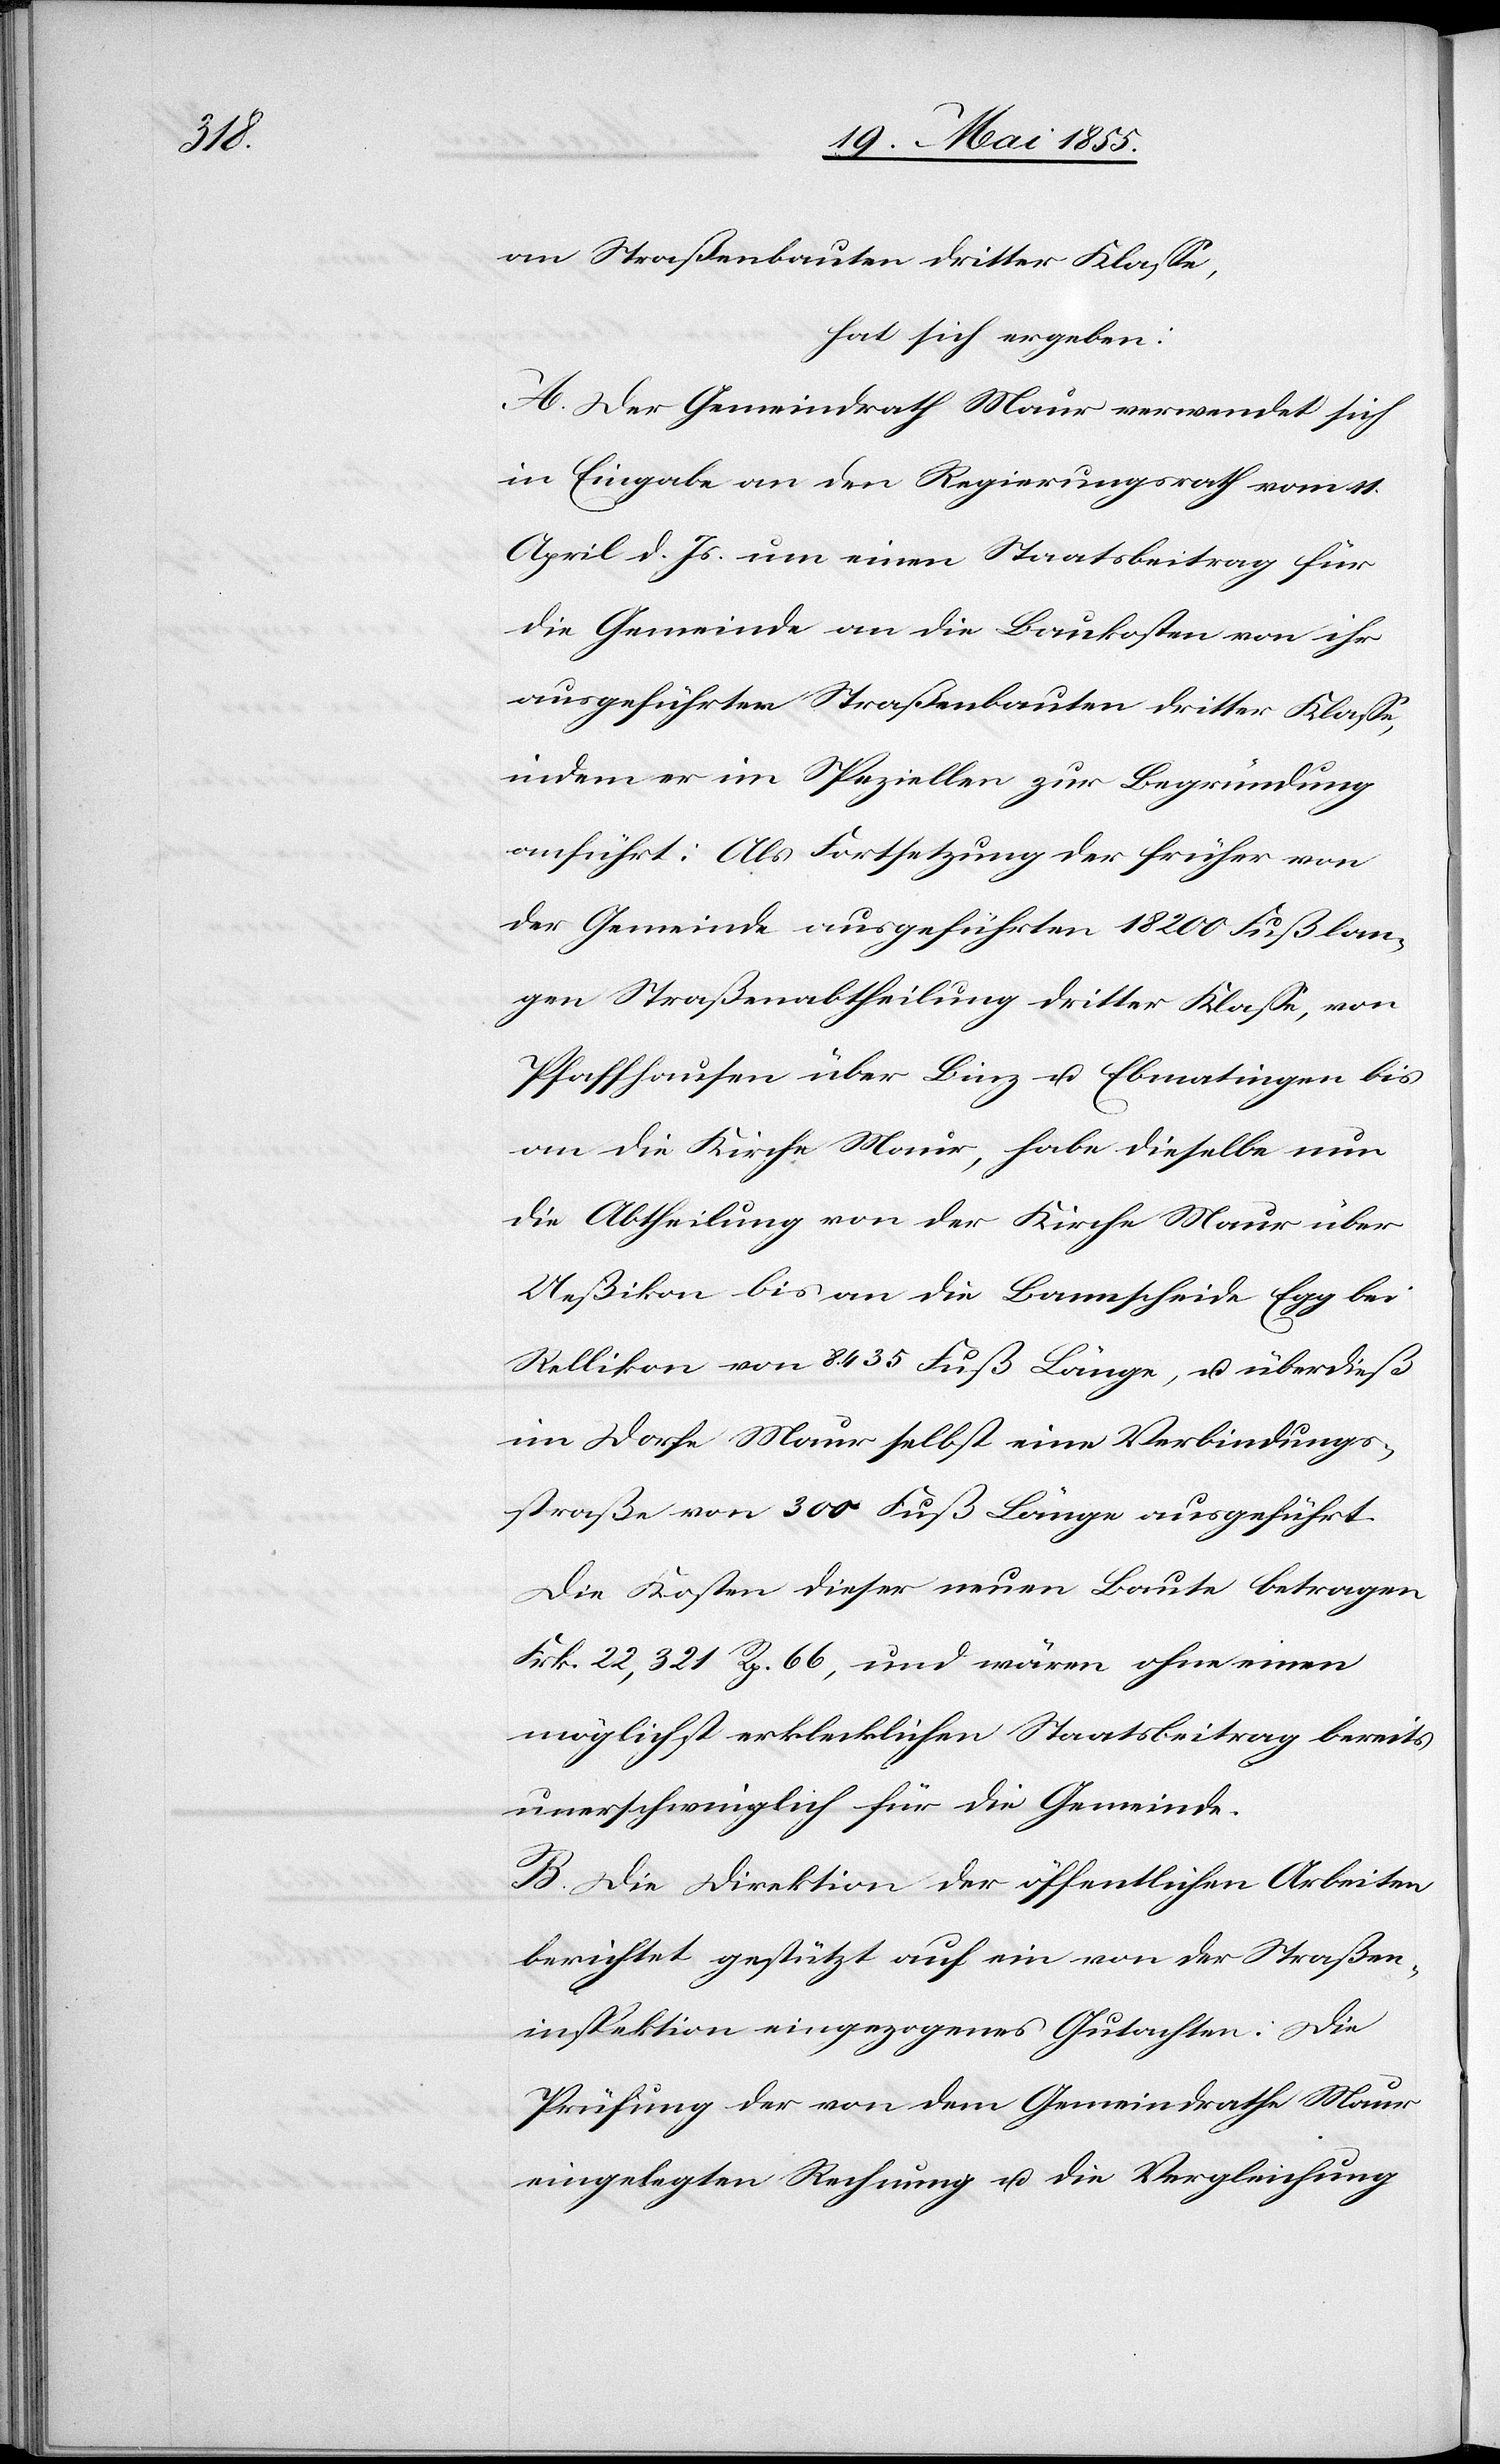
an Straßenbauten dritter Klasse,
hat sich ergeben:
A. Der Gemeindrath Maur verwendet sich
in Eingabe an den Regierungsrath vom 11.
April d. Js. um einen Staatsbeitrag für
die Gemeinde an die Baukosten von ihr
ausgeführter Straßenbauten dritter Klasse,
indem er im Speziellen zur Begründung
anführt: Als Fortsetzung der früher von
der Gemeinde ausgeführten 18 200 Fuß lan¬
gen Straßenabtheilung dritter Klasse, von
Pfaffhausen über Binz u. Ebmatingen bis
an die Kirche Maur, habe dieselbe nun
die Abtheilung von der Kirche Maur über
Ueßikon bis an die Bannscheide Egg bei
Rellikon von 8435 Fuß Länge, u. überdieß
im Dorfe Maur selbst eine Verbindungs¬
straße von 300 Fuß Länge ausgeführt.
Die Kosten dieser neuen Baute betragen
Frk. 22,321 Rp. 66, und wären ohne einen
möglichst erklecklichen Staatsbeitrag bereits
unerschwinglich für die Gemeinde.
B. Die Direktion der öffentlichen Arbeiten
berichtet gestützt auf ein von der Straßen¬
inspektion eingezogenes Gutachten: Die
Prüfung der von dem Gemeindrathe Maur
eingelegten Rechnung u. die Vergleichung